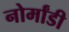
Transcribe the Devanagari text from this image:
नोर्मांडी